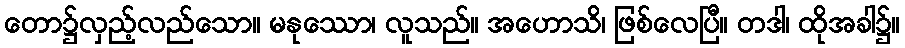
တော၌လှည့်လည်သော။ မနုဿော၊ လူသည်။ အဟောသိ၊ ဖြစ်လေပြီ။ တဒါ၊ ထိုအခါ၌။